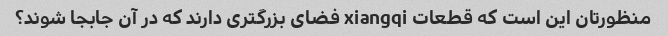
منظورتان این است که قطعات xiangqi فضای بزرگتری دارند که در آن جابجا شوند؟